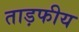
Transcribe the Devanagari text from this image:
ताड़फीय